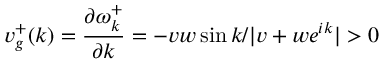
v _ { g } ^ { + } ( k ) = \frac { \partial \omega _ { k } ^ { + } } { \partial k } = - v w \sin { k } / | v + w e ^ { i k } | > 0